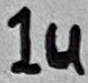
Text: 1u